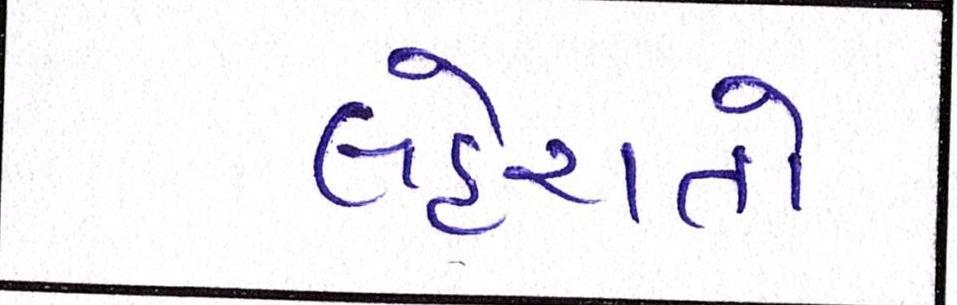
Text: લહેરાતો